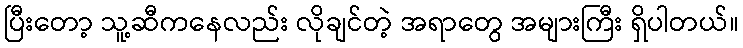
ပြီးတော့ သူ့ဆီကနေလည်း လိုချင်တဲ့ အရာတွေ အများကြီး ရှိပါတယ်။